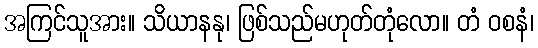
အကြင်သူအား။ သိယာနနု၊ ဖြစ်သည်မဟုတ်တုံလော။ တံ ဝစနံ၊